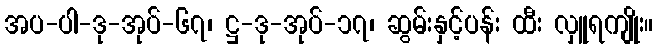
အပ-ပါ-ဒု-အုပ်-၆၇၊ ဋ္ဌ-ဒု-အုပ်-၁၇၊ ဆွမ်းနှင့်ပန်း ထီး လှူရကျိုး။